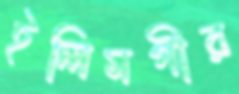
ইলিমগীর